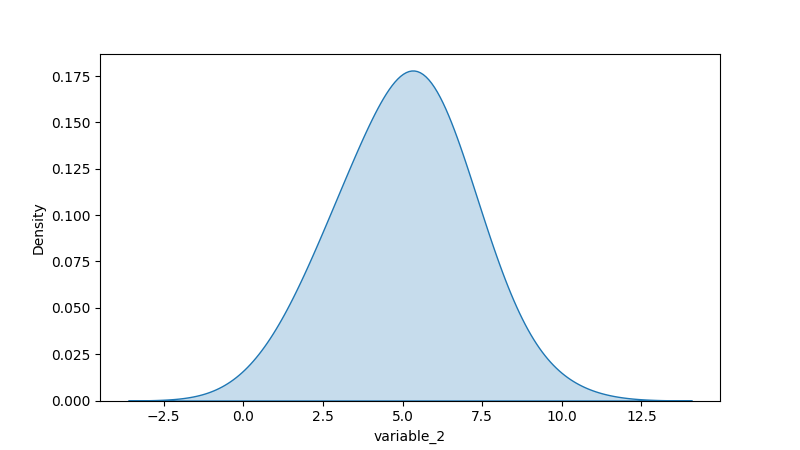
python, seaborn, kdeplot, hue='None', fill=True, bw_adjust=2.0